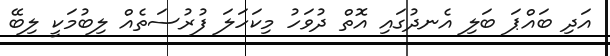
އަދި ބައްޕަ ބަލި އެނދުގައި އޮތް ދުވަހު މިކަހަލަ ފުރުސަތެއް ލިބުމަކީ ލިބޭ